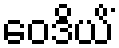
ဝေဒိယိံ